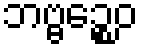
ဘဗ္ဗဉ္စေဝ